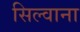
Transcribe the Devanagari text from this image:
सिल्वाना